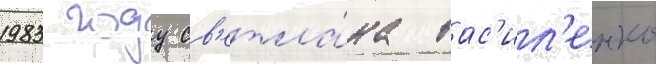
1983 году св'етла́на вас'ил'енко